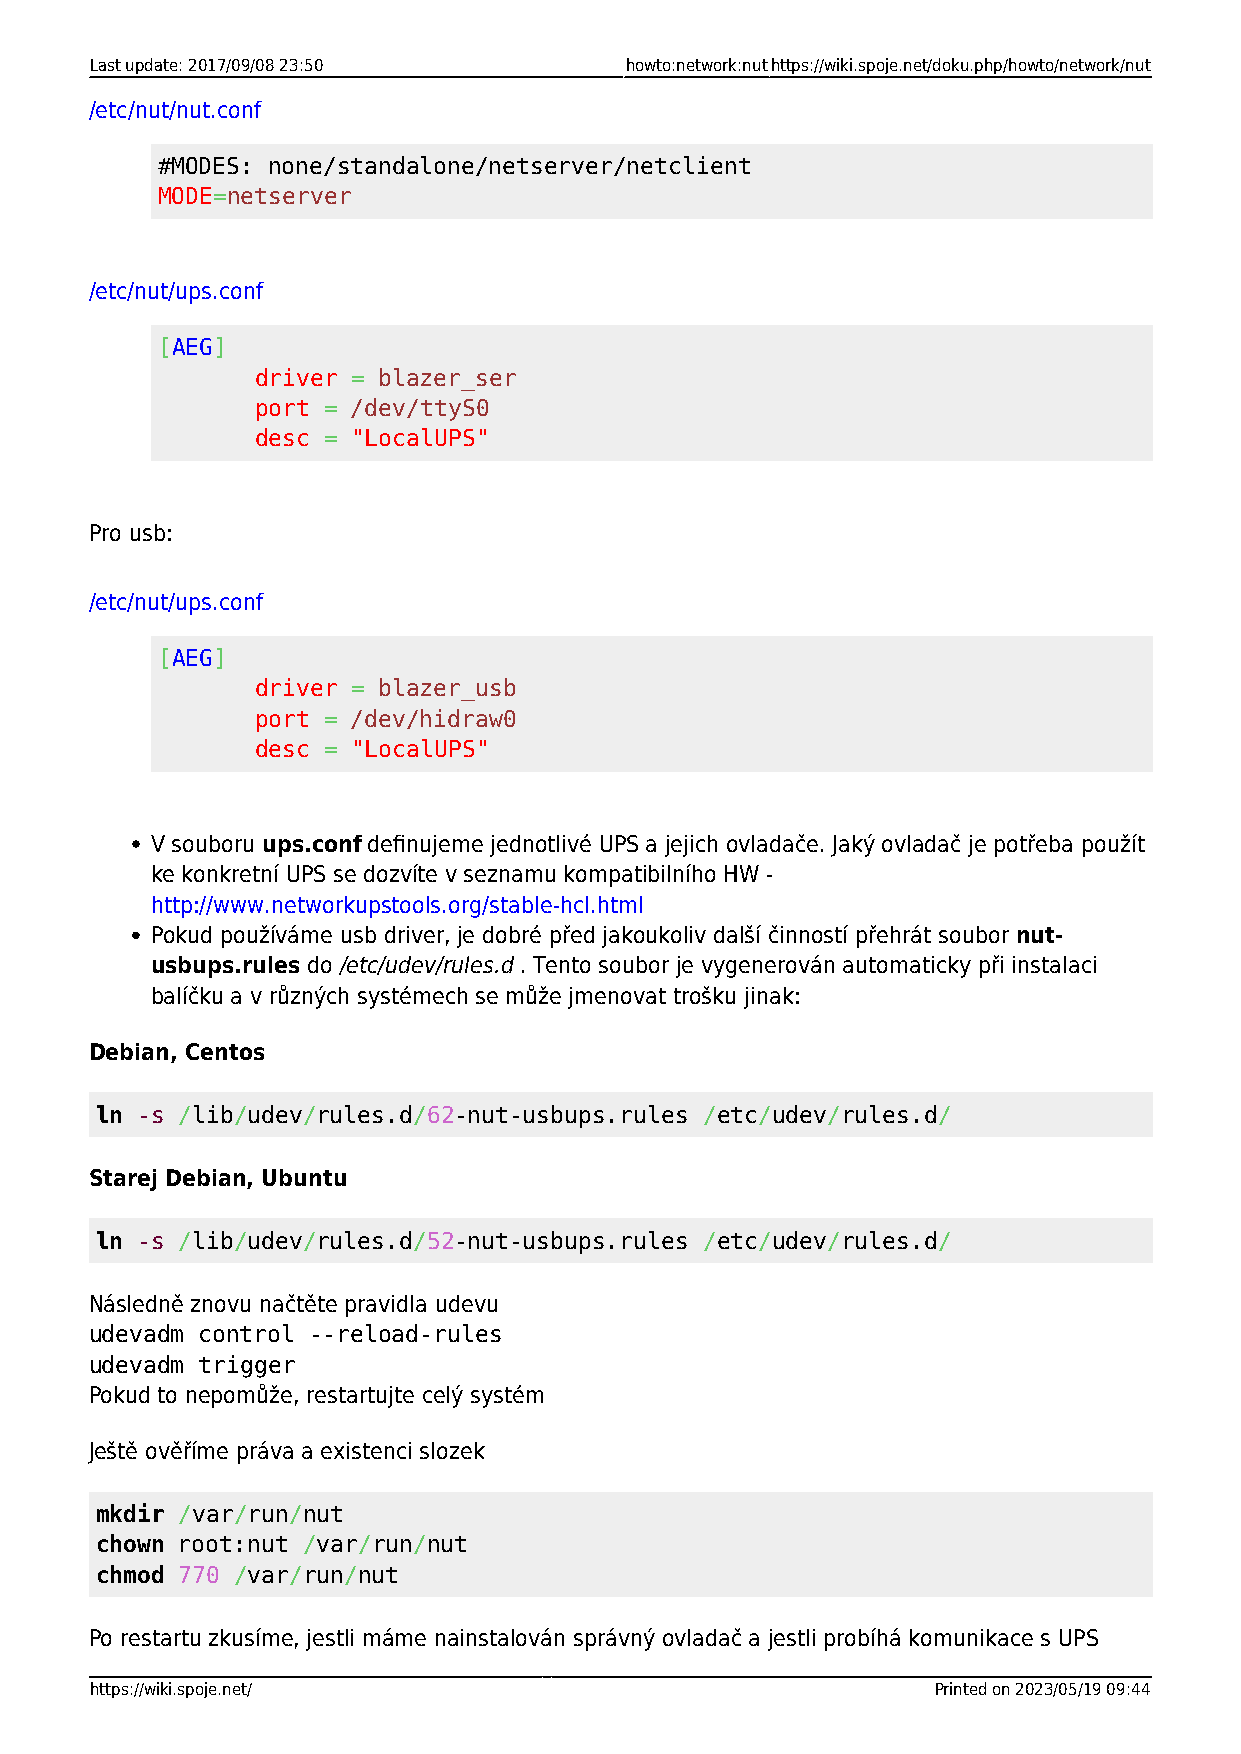
Last update: 2017/09/08 23:50      howto:network:nuthttps://wiki.spoje.net/doku.php/howto/network/nut
 /etc/nut/nut.conf
 #MODES: none/standalone/netserver/netclient
 MODE=netserver
 /etc/nut/ups.conf
 [AEG]
 driver = blazer_ser
 port = /dev/ttyS0
 desc = "LocalUPS"
 Pro usb:
 /etc/nut/ups.conf
 [AEG]
 driver = blazer_usb
 port = /dev/hidraw0
 desc = "LocalUPS"
 V souboru ups.conf definujeme jednotlivé UPS a jejich ovladače. Jaký ovladač je potřeba použít
 ke konkretní UPS se dozvíte v seznamu kompatibilního HW -
 http://www.networkupstools.org/stable-hcl.html
 Pokud používáme usb driver, je dobré před jakoukoliv další činností přehrát soubor nut-
 usbups.rules do /etc/udev/rules.d . Tento soubor je vygenerován automaticky při instalaci
 balíčku a v různých systémech se může jmenovat trošku jinak:
 Debian, Centos
 ln -s /lib/udev/rules.d/62-nut-usbups.rules /etc/udev/rules.d/
 Starej Debian, Ubuntu
 ln -s /lib/udev/rules.d/52-nut-usbups.rules /etc/udev/rules.d/
 Následně znovu načtěte pravidla udevu
 udevadm control --reload-rules
 udevadm trigger
 Pokud to nepomůže, restartujte celý systém
 Ještě ověříme práva a existenci slozek
 mkdir /var/run/nut
 chown root:nut /var/run/nut
 chmod 770 /var/run/nut
 Po restartu zkusíme, jestli máme nainstalován správný ovladač a jestli probíhá komunikace s UPS
 https://wiki.spoje.net/                                 Printed on 2023/05/19 09:44